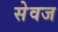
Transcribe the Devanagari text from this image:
सेवज